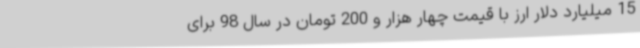
15 میلیارد دلار ارز با قیمت چهار هزار و 200 تومان در سال 98 برای